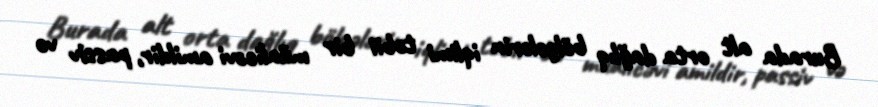
Burada alt orta dağlıq bölgələrin iqlimi təbii bir müalicəvi amildir, passiv və